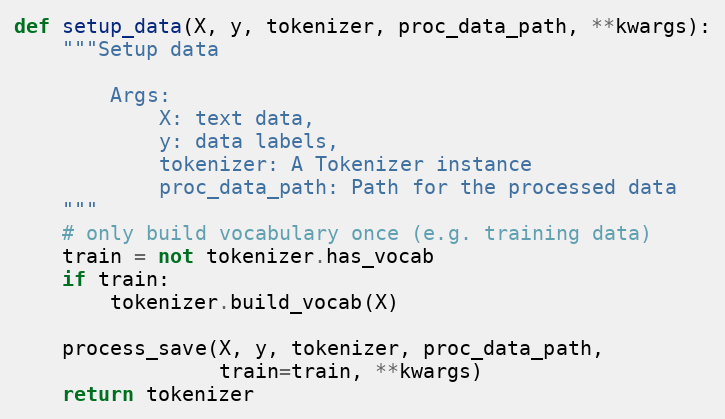
Language: Python
def setup_data(X, y, tokenizer, proc_data_path, **kwargs):
    """Setup data

        Args:
            X: text data,
            y: data labels,
            tokenizer: A Tokenizer instance
            proc_data_path: Path for the processed data
    """
    # only build vocabulary once (e.g. training data)
    train = not tokenizer.has_vocab
    if train:
        tokenizer.build_vocab(X)

    process_save(X, y, tokenizer, proc_data_path,
                 train=train, **kwargs)
    return tokenizer